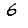
Digit: 6